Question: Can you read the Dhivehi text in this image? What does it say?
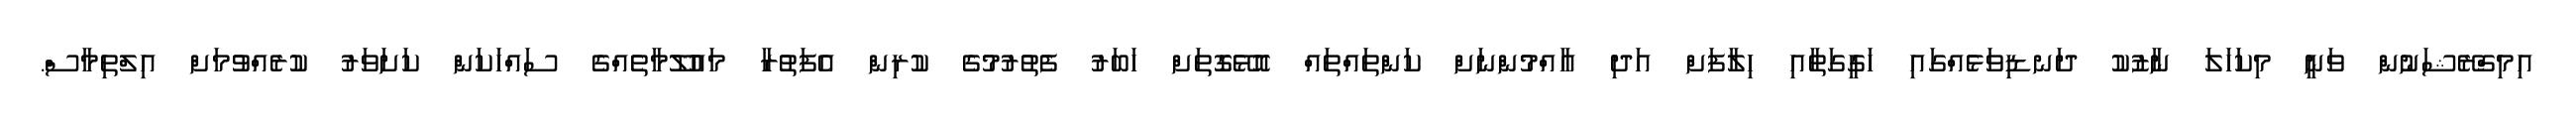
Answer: އިމިގްރޭޝަނުން ވަނީ މިކަހަލަ ނާޒުކު ދަނޑިވަޅެއްގައި ހަގީގަތާއި ހިލާފަށް އަދި އާއްމުންނަށް ކަންތައްތައް އޮޅޭގޮތަށް ހަބަރު ފެތުރުމުގެ ކުރިން އެފަތުރާ މައުލޫމާތެއްގެ ސައްހަކަން ކަށަވަރު ކުރެއްވުމަށް އިލްތިމާސް.